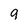
Character: 9